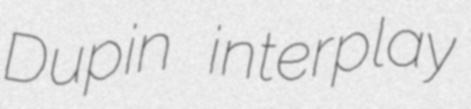
Dupin interplay